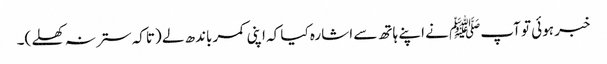
خبر ہوئی تو آپﷺ نے اپنے ہاتھ سے اشارہ کیا کہ اپنی کمر باندھ لے (تاکہ ستر نہ کھلے )۔